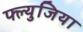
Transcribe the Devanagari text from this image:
फ्ल्युजिया